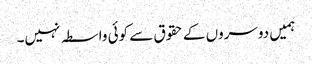
ہمیں دوسروں کے حقوق سے کوئی واسطہ نہیں۔